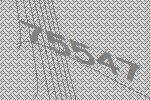
75547